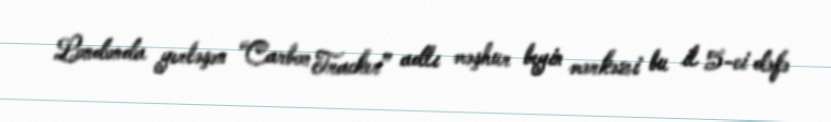
Londonda yerləşən “Carbon Tracker” adlı məşhur beyin mərkəzi bu il 5-ci dəfə